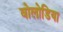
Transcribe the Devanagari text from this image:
वोलोडिया